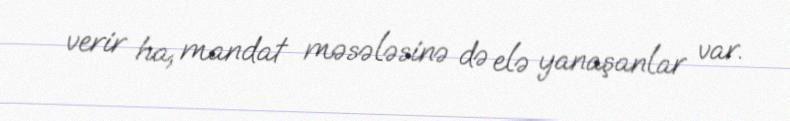
verir ha, mandat məsələsinə də elə yanaşanlar var.